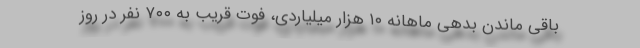
باقی ماندن بدهی ماهانه ۱۰ هزار میلیاردی، فوت قریب به ۷۰۰ نفر در روز